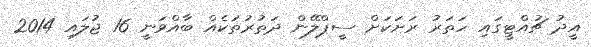
އީދު ޗުއްޓީގައި ހަތަރު ރަށަކަށް ސީޕްލޭން ދަތުރުތަކެއް ބާއްވަނީ 16 ޖުލައި 2014